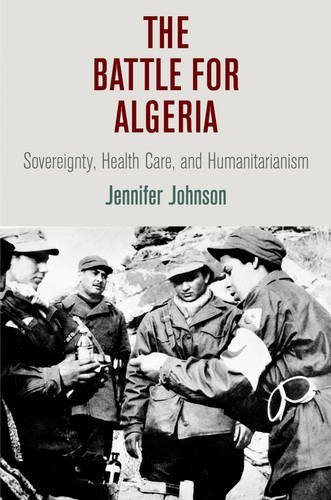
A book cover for The Battle for Algeria: Sovereignty, Health Care, and Humanitarianism (Pennsylvania Studies in Human Rights); Jennifer Johnson; History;